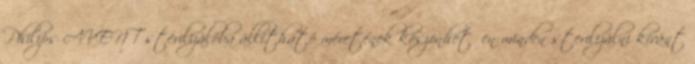
Philips AVENT sterilizálóba állítható méretének köszönhetően minden sterilizálni kívánt